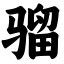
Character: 骝